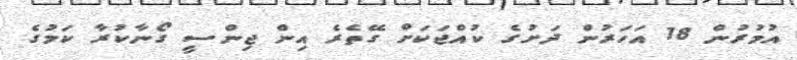
އުމުރުން 18 އަހަރުން ދަށުގެ ކުއްޖަކަށް ގޭތެރެ އިން ޖިންސީ ގޯނާކުރާ ކަމުގެ